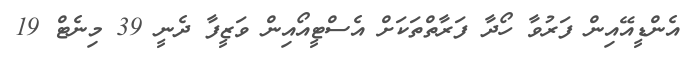
އެންޑީއޭއިން ފަރުވާ ހޯދާ ފަރާތްތަކަށް އެސްޓީއޯއިން ވަޒީފާ ދެނީ 39 މިނެޓް 19